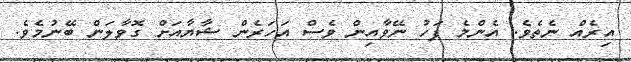
އިރެއް ނެތެވެ. އެންމެ ފަހު ނޭވާއިން ވެސް އަހަރެން ޝާޔާއަށް ގޮވާލަން ބޭނުމެވެ.